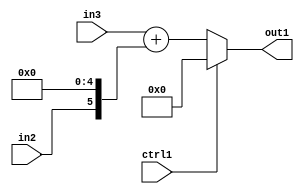
`timescale 1ps / 1ps
/*****************************************************************************
    Verilog RTL Description
    
    
    Created by: Stratus DpOpt 2019.1.01 
*******************************************************************************/

module st_weight_addr_gen_Muxi0Add2Cati0u1u16u1_4_6 (
	in3,
	in2,
	ctrl1,
	out1
	); /* architecture "behavioural" */ 
input [15:0] in3;
input  in2,
	ctrl1;
output [15:0] out1;
wire [15:0] asc001,
	asc002;
wire [5:0] asc003;

assign asc003 = {in2,5'B00000};

assign asc002 = 
	+(in3)
	+(asc003);

reg [15:0] asc001_tmp_0;
assign asc001 = asc001_tmp_0;
always @ (ctrl1 or asc002) begin
	case (ctrl1)
		1'B1 : asc001_tmp_0 = 16'B0000000000000000 ;
		default : asc001_tmp_0 = asc002 ;
	endcase
end

assign out1 = asc001;
endmodule

/* CADENCE  vrL1Qww= : u9/ySgnWtBlWxVPRXgAZ4Og= ** DO NOT EDIT THIS LINE ******/